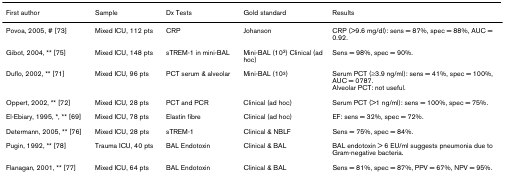
| First author | Sample | Dx Tests | Gold standard | Results |
 | --- | --- | --- | --- | --- |
 | Povoa, 2005, # [73] | Mixed ICU, 112 pts | CRP | Johanson | CRP (>9.6 mg/dl): sens = 87%, spec = 88%, AUC = 0.92. |
 | Gibot, 2004, ** [75] | Mixed ICU, 148 pts | sTREM-1 in mini-BAL | Mini-BAL (103) Clinical (ad hoc) | Sens = 98%, spec = 90%. |
 | Duflo, 2002, ** [71] | Mixed ICU, 96 pts | PCT serum & alveolar | Mini-BAL (103) | Serum PCT (≥3.9 ng/ml): sens = 41%, spec = 100%, AUC = 0787.Alveolar PCT: not useful. |
 | Oppert, 2002, ** [72] | Mixed ICU, 28 pts | PCT and PCR | Clinical (ad hoc) | Serum PCT (>1 ng/ml): sens = 100%, spec = 75%. |
 | El-Ebiary, 1995, *, ** [69] | Mixed ICU, 78 pts | Elastin fibre | Clinical (ad hoc) | EF: sens = 32%, spec = 72%. |
 | Determann, 2005, ** [76] | Mixed ICU, 28 pts | sTREM-1 | Clinical & NBLF | Sens = 75%, spec = 84%. |
 | Pugin, 1992, ** [78] | Trauma ICU, 40 pts | BAL Endotoxin | Clinical & BAL | BAL endotoxin > 6 EU/ml suggests pneumonia due to Gram-negative bacteria. |
 | Flanagan, 2001, ** [77] | Mixed ICU, 64 pts | BAL Endotoxin | Clinical & BAL | Sens = 81%, spec = 87%, PPV = 67%, NPV = 95%. |